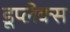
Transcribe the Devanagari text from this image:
डूप्लेक्स